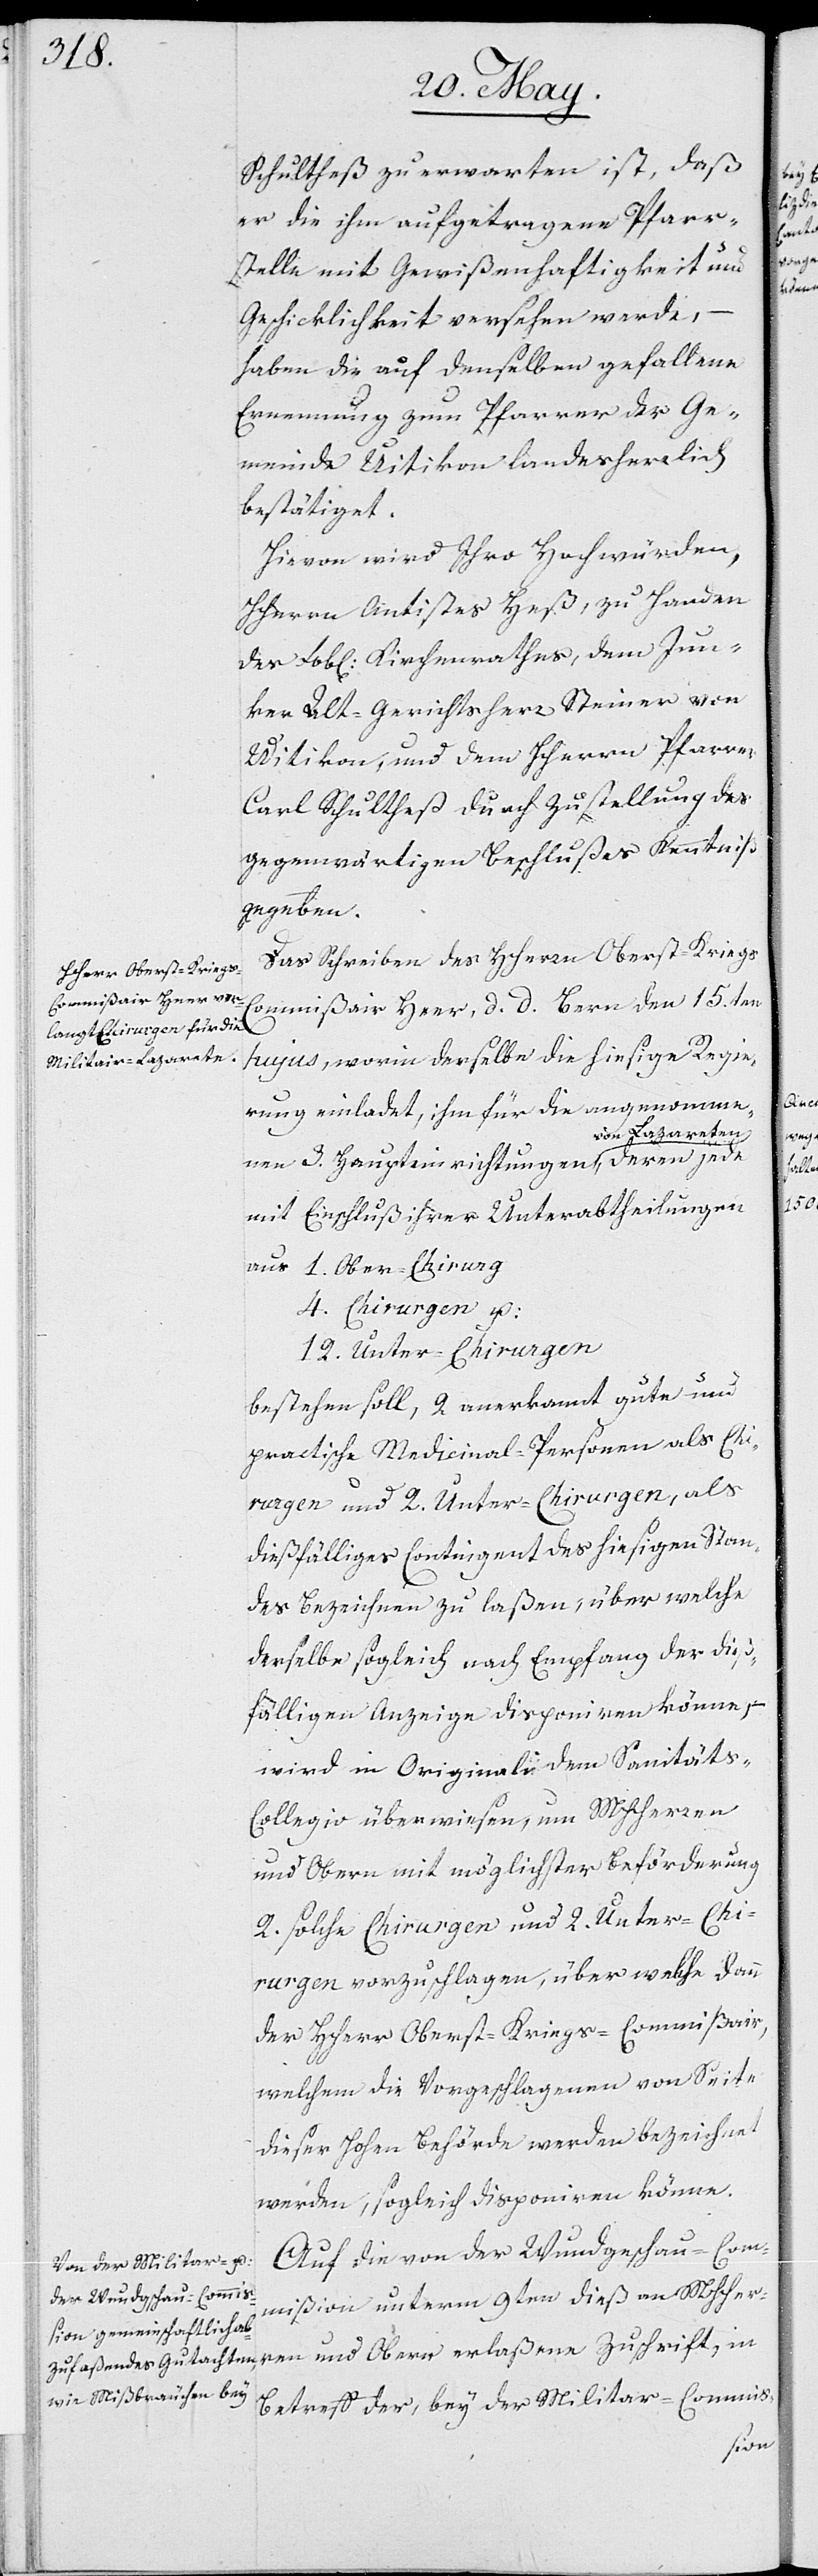
Schultheß zu erwarten ist, daß
er die ihm aufgetragene Pfarr¬
stelle mit Gewißenhaftigkeit und
Geschicklichkeit versehen werde, –
haben die auf denselben gefallene
Ernennung zum Pfarrer der Ge¬
meinde Uitikon landesherrlich
bestätiget.
Hievon ist Ihro Hochwürden,
Herrn Antistes Heß, zu Handen
des Lobl. Kirchenrathes, dem Jun¬
ker Alt-Gerichtsherr Steiner von
Uitikon, und dem HHerrn Pfarrer
Carl Schultheß durch Zustellung der
Auf die von der Wundgeschau-Com¬
mißion unterm 9ten dieß an MHHer¬
ren und Obern erlaßene Zuschrift, in
Betreff der, bey der Militar-Commis-

wärtigen
geben.